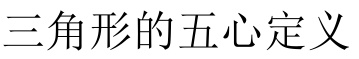
三角形的五心定义